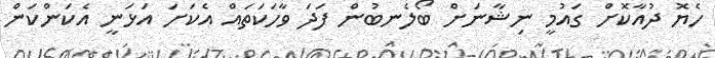
ހެޔޮ ދުއާކޮށް ގައުމީ ނިޝާނަށް ބޯލެނބުން ފަދަ ވާހަކަތައް އެކަށަ އަޅަނީ އެކަންކަން